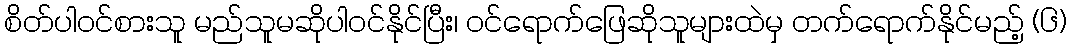
စိတ်ပါ၀င်စားသူ မည်သူမဆိုပါဝင်နိုင်ပြီး၊ ဝင်ရောက်ဖြေဆိုသူများထဲမှ တက်ရောက်နိုင်မည့် (၆)